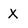
Character: X